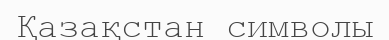
Қазақстан символы